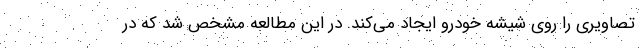
تصاویری را روی شیشه خودرو ایجاد می‌کند. در این مطالعه مشخص شد که در